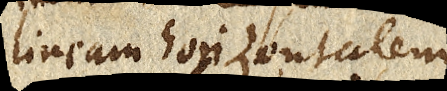
lineam horizontalem